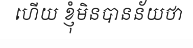
ហើយ ខ្ញុំមិនបានន័យថា